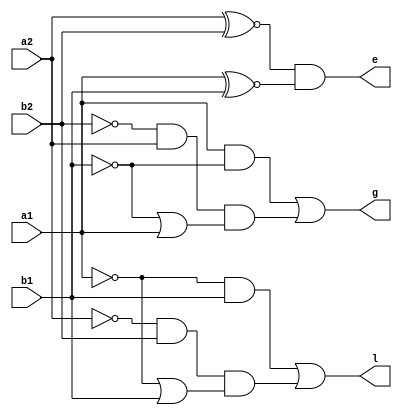
module magcomp(g,l,e,a1,a2,b1,b2);
output g,l,e;
input a1,a2,b1,b2;
assign g=(a1&~b1)|((~b2 & a2)&(~b1 | a1));
assign e=(a2 ~^ b2)&(a1 ~^ b1);
assign l=(~a1 & b1)|((~a2 & b2)&(~a1 | b1));
endmodule